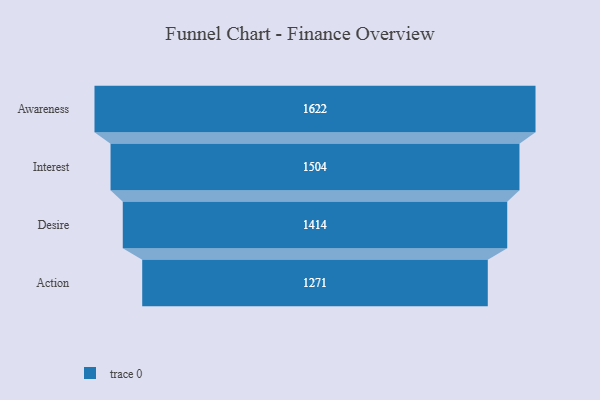
{"axis": {"x": "Stage", "y": "Value"}, "legend": [""], "data": [{"x": "Awareness", "y": 1622.0, "type": ""}, {"x": "Interest", "y": 1504.0, "type": ""}, {"x": "Desire", "y": 1414.0, "type": ""}, {"x": "Action", "y": 1271.0, "type": ""}]}